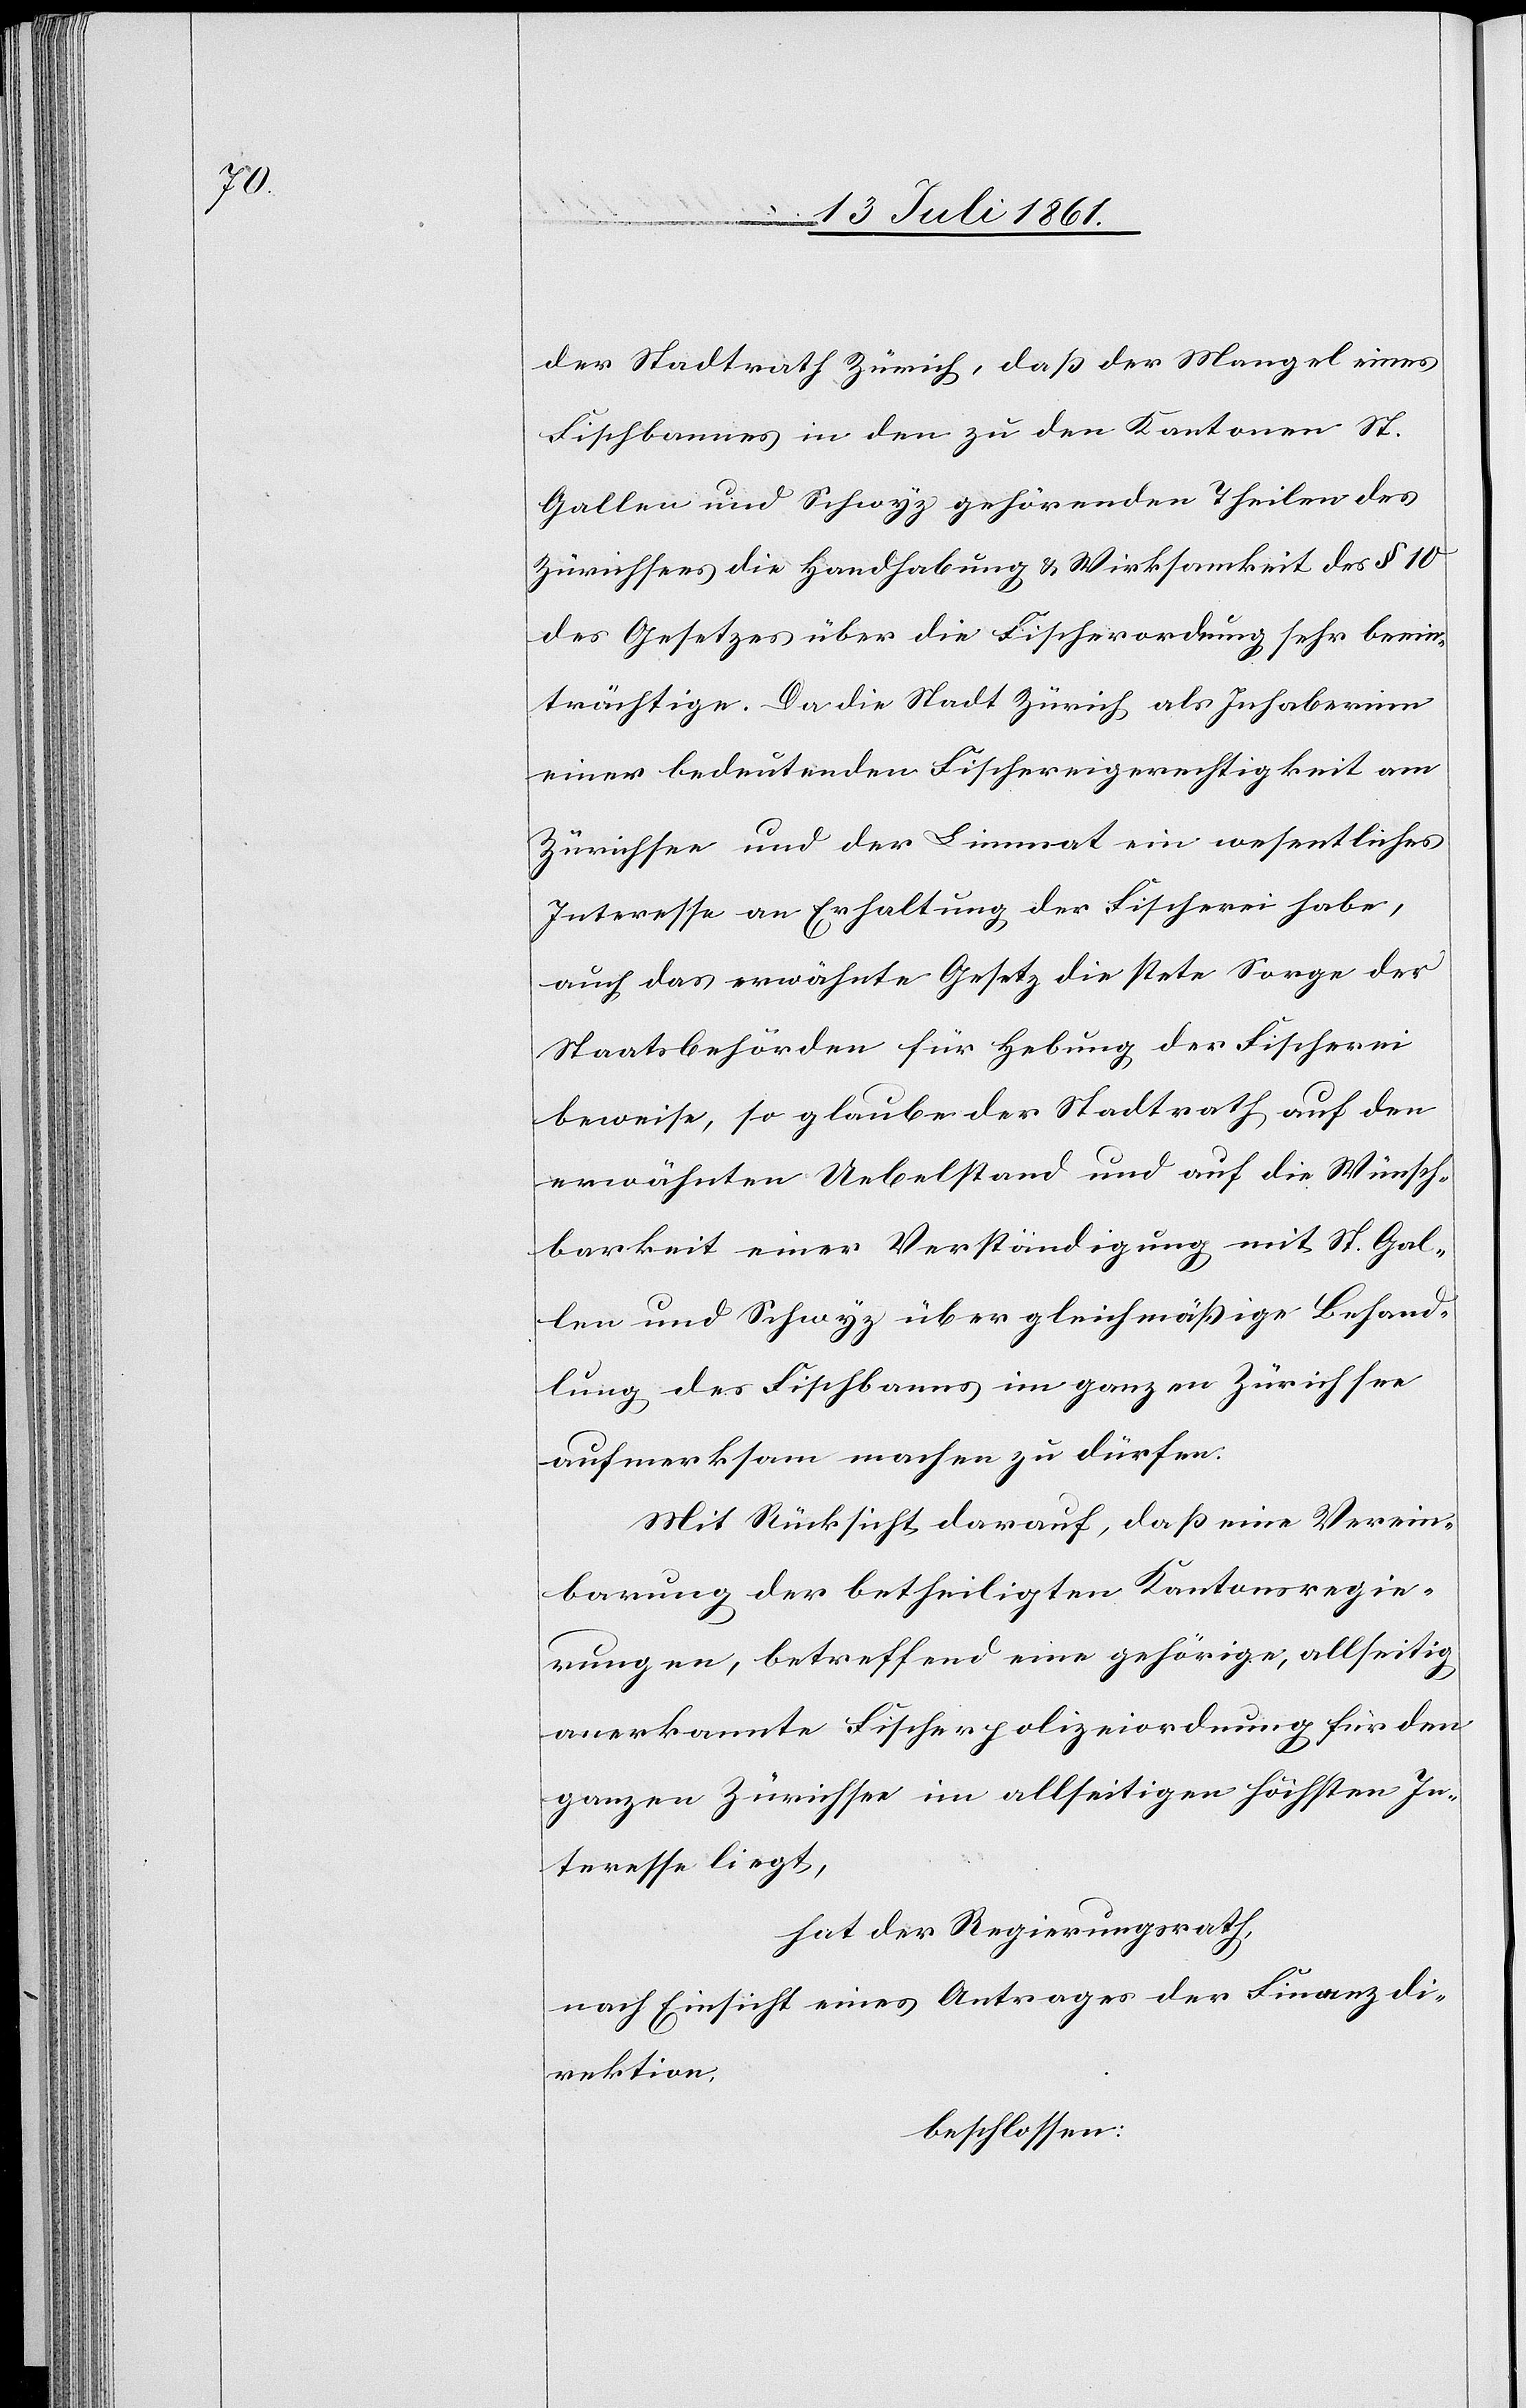
der Stadtrath Zürich, daß der Mangel eines
Fischbaumes in den zu den Kantonen St.
Gallen und Schwyz gehörenden Theilen des
Zürichsees die Handhabung u. Wirksamkeit des § 10
des Gesetzes über die Fischerordnung sehr beein¬
trächtige. Da die Stadt Zürich als Inhaberinn
einer bedeutenden Fischereigerechtigkeit am
Zürichsee und der Limmat ein wesentliches
Interesse an Erhaltung der Fischerei habe,
auch das erwähnte Gesetz die stete Sorge der
Staatsbehörden für Hebung der Fischerei
beweise, so glaube der Stadtrath auf den
erwähnten Uebelstand und auf die Wünsch¬
barkeit einer Verständigung mit St. Gal¬
len und Schwyz über gleichmäßige Behand¬
lung des Fischbanns im ganzen Zürichsee
aufmerksam machen zu dürfen.
Mit Rücksicht darauf, daß eine Verein¬
barung der betheiligten Kantonsregie¬
rungen, betreffend eine gehörige, allseitig
anerkannte Fischereipolizeiordnung für den
ganzen Zürichsee im allseitig höchsten In¬
teresse liegt,
hat der Regierungsrath,
nach Einsicht eines Antrages der Finanzdi¬
rektion,
beschlossen: